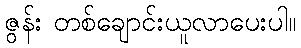
ဇွန်း တစ်ချောင်းယူလာပေးပါ။